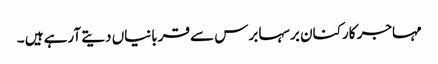
مہاجر کارکنان برسہا برس سے قربانیاں دیتے آرہے ہیں ۔